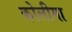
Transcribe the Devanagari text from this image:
कोलीमा